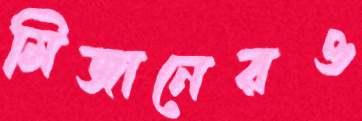
মিজানেরও